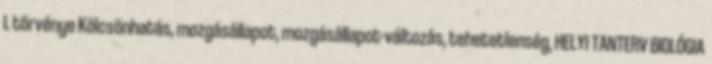
I. törvénye Kölcsönhatás, mozgásállapot, mozgásállapot-változás, tehetetlenség, HELYI TANTERV BIOLÓGIA